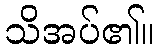
သိအပ်၏။